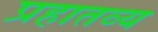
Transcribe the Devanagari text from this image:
प्रहातव्य